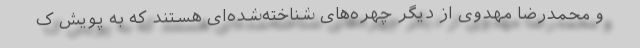
و محمدرضا مهدوی از دیگر چهره‌های شناخته‌شده‌ای هستند که به پویش ک